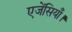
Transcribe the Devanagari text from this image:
एजेंसियाँ।